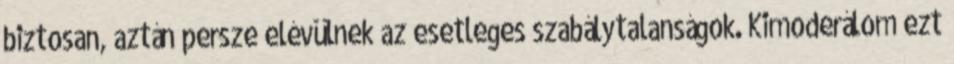
biztosan, aztán persze elévülnek az esetleges szabálytalanságok. Kimoderálom ezt